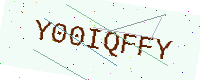
Text: Y00IQFFY